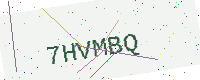
Text: 7HVMBQ